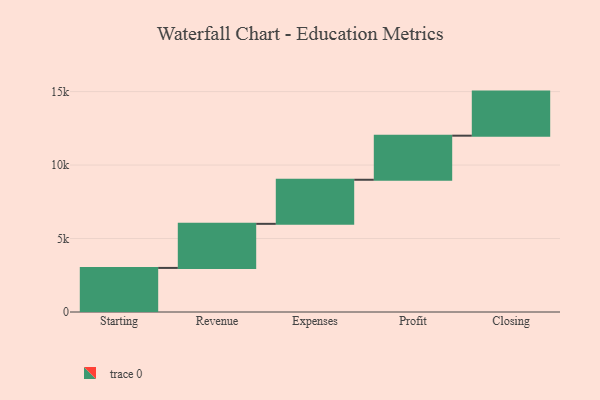
{"axis": {"x": "Step", "y": "Value"}, "legend": [""], "data": [{"x": "Starting", "y": 3000, "type": ""}, {"x": "Revenue", "y": 3000, "type": ""}, {"x": "Expenses", "y": 3000, "type": ""}, {"x": "Profit", "y": 3000, "type": ""}, {"x": "Closing", "y": 3000, "type": ""}]}